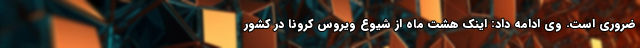
ضروری است. وی ادامه داد: اینک هشت ماه از شیوع ویروس کرونا در کشور